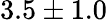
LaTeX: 3.5\pm 1.0